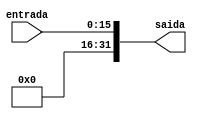
module signextend(entrada, saida);
	input [15:0] entrada;
	output reg [31:0] saida;

	//sempre que o sinal de entrada mudar
	always@ (entrada)
	begin
		saida = {16'b0000_0000_0000_0000, entrada};
	end
	
endmodule

/*
module simulasignextend();
	reg [15:0] entrada;	
	wire [31:0] saida;
	
	signextend inst(entrada, saida);
	
	initial begin
		$dumpfile("teste.vcd");
		$dumpvars;
		
		   entrada = 7;
		#4 entrada = 15;
		#4 entrada = 31;
		#4 entrada = 63;
		#4 entrada = 64;
		#4 entrada = 32;
		#4 entrada = 511;
		#4 entrada = 255;
		#4 entrada = 512;
		#4 entrada = 256;
		
		#3 $finish;
	end
endmodule
*/